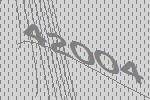
42004